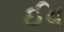
ઈવ